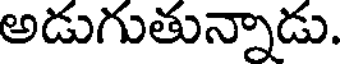
అడుగుతున్నాడు.